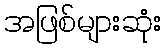
အဖြစ်များဆုံး